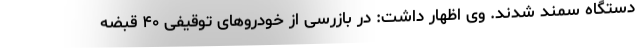
دستگاه سمند شدند. وی اظهار داشت: در بازرسی از خودروهای توقیفی ۴۰ قبضه